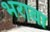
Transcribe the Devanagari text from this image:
भरावा